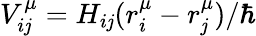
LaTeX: V_{i\mathit{j}}^{\mu}=H_{i\mathit{j}}(r_{i}^{\mu}-r_{\mathit{j}}^{\mu})/\hbar